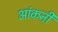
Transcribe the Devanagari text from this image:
आंकनी